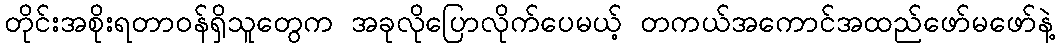
တိုင်းအစိုးရတာဝန်ရှိသူတွေက အခုလိုပြောလိုက်ပေမယ့် တကယ်အကောင်အထည်ဖော်မဖော်နဲ့